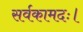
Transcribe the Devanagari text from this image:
सर्वकामदः।